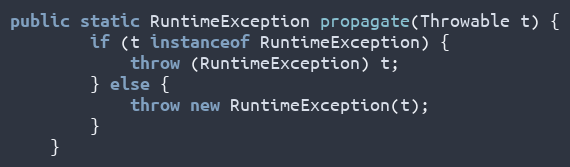
Language: Java
public static RuntimeException propagate(Throwable t) {
        if (t instanceof RuntimeException) {
            throw (RuntimeException) t;
        } else {
            throw new RuntimeException(t);
        }
    }